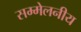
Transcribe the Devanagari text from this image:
सम्मेलनीय